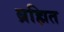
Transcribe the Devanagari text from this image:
ब्रह्मित